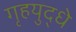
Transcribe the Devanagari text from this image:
गृहयुद्धे